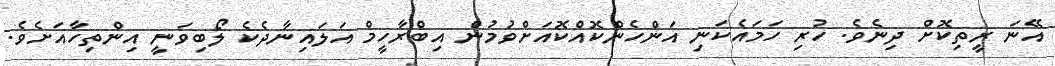
އޭނަ ރީތިކޮށް ދިނެވެ. ހުރި ހަމައެކަނި އަންހެންކޮއްކޮއަށްވުމުން އިބްރާހީމް އަލައިނާދެކެ ލޯބިވަނީ އިންތިހާއަށެވެ.